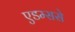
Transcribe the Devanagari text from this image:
एडम्ससे